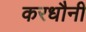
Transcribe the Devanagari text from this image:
करधौनी